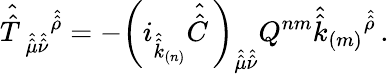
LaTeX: \hat{\hat{T}\, }_{\hat{\hat{\mu}}\hat{\hat{\nu}}}{}^{\hat{\hat{\rho}}}=-\left(i_{\hat{\hat{k}}_{(n)}}\hat{\hat{C}\, }\right)_{\hat{\hat{\mu}}\hat{\hat{\nu}}}Q^{nm}\hat{\hat{k}}_{(m)}{}^{\hat{\hat{\rho}}}\, .